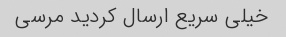
خیلی سریع ارسال کردید مرسی